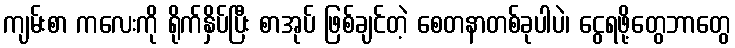
ကျမ်းစာ ကလေးကို ရိုက်နှိပ်ပြီး စာအုပ် ဖြစ်ချင်တဲ့ စေတနာတစ်ခုပါပဲ၊ ငွေရဖို့တွေဘာတွေ